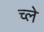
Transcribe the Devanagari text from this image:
च्ले